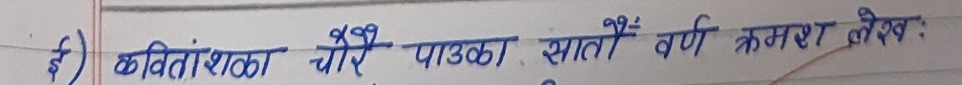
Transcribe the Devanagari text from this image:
ई) कवितांशका चोरै पाउका सातै वर्ण क्रमश लेख: